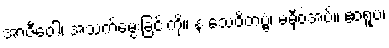
အာဇီဝေါ၊ အသက်မွေးခြင်းကို။ န သေဝိတဗ္ဗံ၊ မမှီဝဲအပ်။ ဧဝရူပံ၊